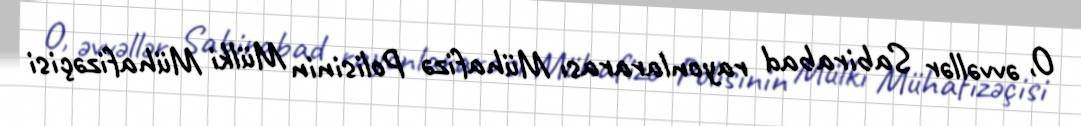
O, əvvəllər Sabirabad rayonlararası Mühafizə Polisinin Mülki Mühafizəçisi